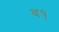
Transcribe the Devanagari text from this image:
व१